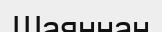
Шаяннан